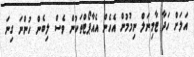
އަލަށް ހަދާ ޓާމިނަލް ނިމުމުން އެހެން އެއާޕޯޓްތަކުން ވެސް ލިބެން ހުންނަ ގިނަ